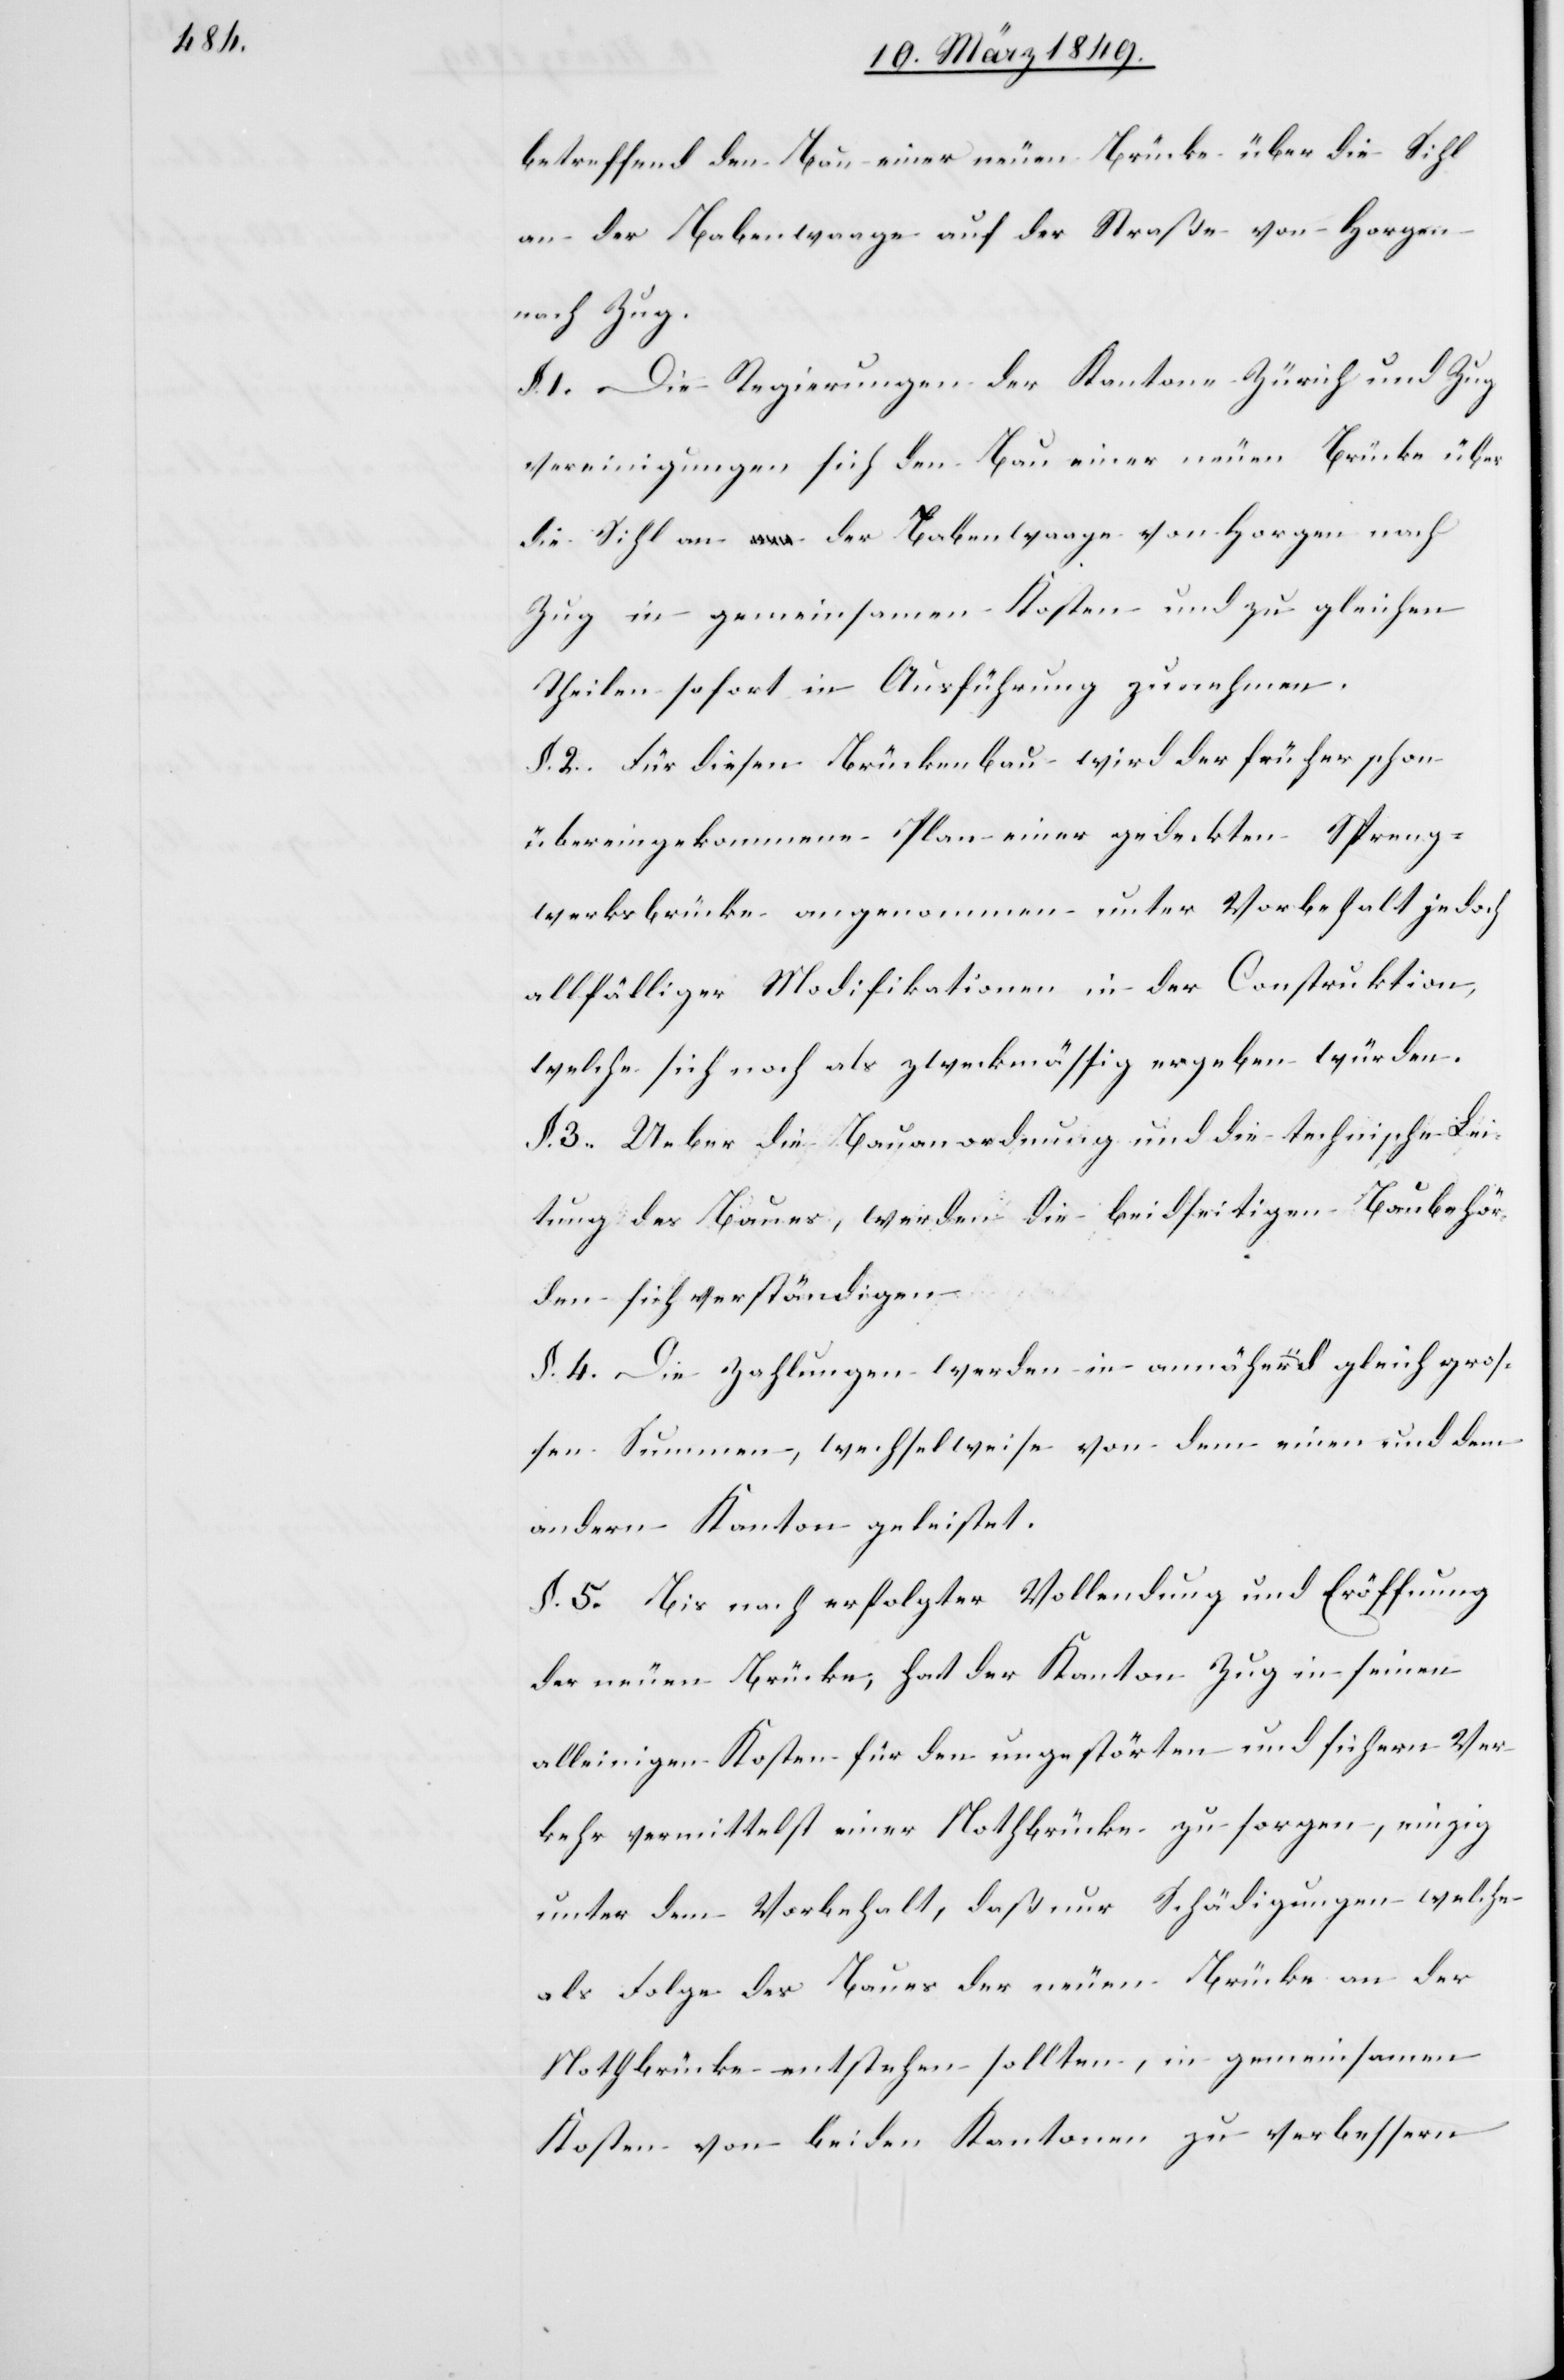
betreffend den Bau einer neuen Brücke über die Sihl
an der Babenwaage auf der Straße von Horgen
nach Zug.
§. 1. Die Regierungen der Kantone Zürich und Zug
vereinigungen sich den Bau einer neuen Brücke über
die Sihl an der Babenwaage von Horgen nach
Zug in gemeinsamen Kosten und zu gleichen
Theilen sofort in Ausführung zu nehmen.
§. 2. Für diesen Brückenbau wird der früher schon
übereingekommene Plan einer gedeckten Spreng¬
werksbrücke angenommen unter Vorbehalt jedoch
allfälliger Modifikationen in der Construktion,
welche sich noch als zweckmäßig ergeben würden.
§. 3. Ueber die Bauanordnung und die technische Lei¬
tung des Baues, werden die beidseitigen Baubehör¬
den sich verständigen.
§. 4. Die Zahlungen werden in annähernd gleich gros¬
sen Summen, wechselweise von dem einen und dem
andern Kanton geleistet.
§. 5. Bis nach erfolgter Vollendung und Eröffnung
der neuen Brücke, hat der Kanton Zug in seinen
alleinigen Kosten für den ungestörten und sichern Ver¬
kehr vermittelst einer Nothbrücke zu sorgen, einzig
unter Vorbehalt, daß nur Schädigungen welche
als Folge des Baues der neuen Brücke an der
Nothbrücke entstehen sollten, in gemeinsamen
Kosten von beiden Kantonen zu verbessern